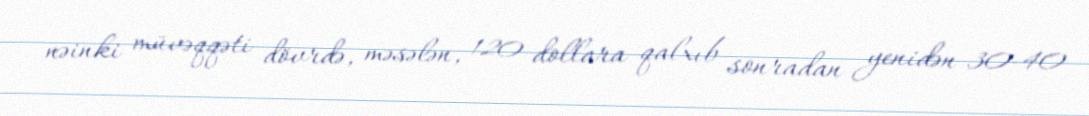
nəinki müvəqqəti dövrdə, məsələn, 120 dollara qalxıb sonradan yenidən 30-40